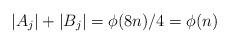
LaTeX: \begin{align*} |A_j|+|B_j| = \phi(8n)/4 = \phi(n)\end{align*}